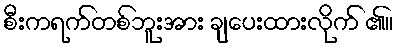
စီးကရက်တစ်ဘူးအား ချပေးထားလိုက် ၏။